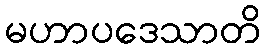
မဟာပဒေသာတိ